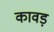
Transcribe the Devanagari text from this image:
कावड़